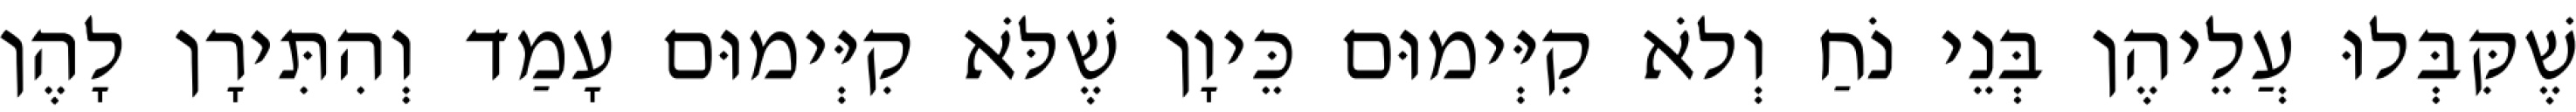
שֶׁקִּבְּלוּ עֲלֵיהֶן בְּנֵי נֹחַ וְלֹא קִיְּימוּם כֵּיוָן שֶׁלֹּא קִיְּימוּם עָמַד וְהִתִּירָן לָהֶן